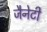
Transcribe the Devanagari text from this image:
जैनेटी